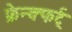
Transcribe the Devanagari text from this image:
फ्रेन्क्फर्ट्